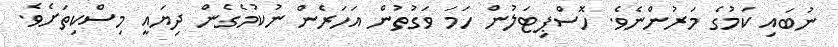
ނުބައި ކަމުގެ މަރުންނެވެ. ހޮސްޕިޓަލުން ހަމަ ވަގުތުން އަހަރެން ނުކުމެގެން ދިޔައީ މިސްކިތަށެވެ.